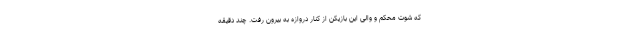
که شوت محکم و والی این بازیکن از کنار دروازه به بیرون رفت. چند دقیقه